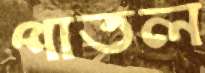
পাতল